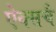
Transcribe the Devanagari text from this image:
ऐक्सचै